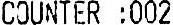
COUNTER : 002